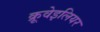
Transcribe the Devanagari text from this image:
क्रूवेइलियर